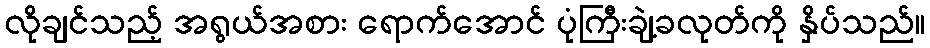
လိုချင်သည့် အရွယ်အစား ရောက်အောင် ပုံကြီးချဲ့ခလုတ်ကို နှိပ်သည်။